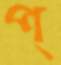
প্